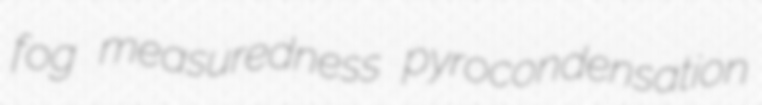
fog measuredness pyrocondensation